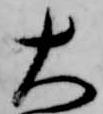
大